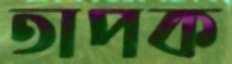
তাপক